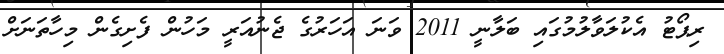
ރިޕޯޓު އެކުލަވާލުމުގައި ބަލާނީ 2011 ވަނަ އަހަރުގެ ޖެނުއަރީ މަހުން ފެށިގެން މިހާތަނަށް